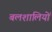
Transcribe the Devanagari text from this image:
बलशालियों